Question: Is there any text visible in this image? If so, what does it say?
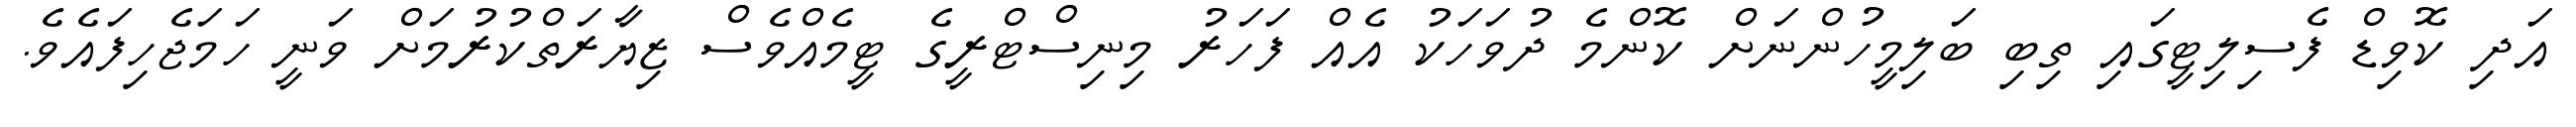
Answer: އަދި ކޮވިޑް ފެސިލިޓީގައި ތިބި ބަލިމީހުންނަށް ކޮންމެ ދުވަހަކު އެއް ފަހަރު މިނިސްޓްރީގެ ޓީމެއްވެސް ޒިޔާރަތްކުރުމަށް ވަނީ ހަމަޖެހިފައެވެ.